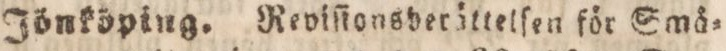
Jönköping. Reviſionsderättelſen för Små=